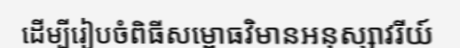
ដើម្បីរៀបចំពិធីសម្ពោធវិមានអនុស្សាវរីយ៍